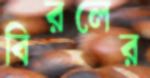
বিরলের